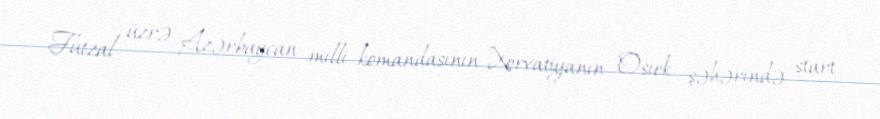
Futzal üzrə Azərbaycan milli komandasının Xorvatiyanın Osiek şəhərində start